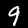
Digit: 9